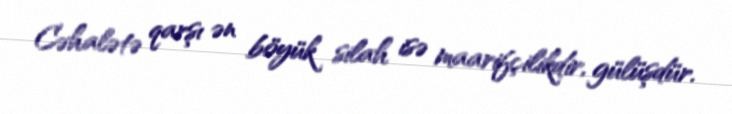
Cəhalətə qarşı ən böyük silah isə maarifçilikdir, gülüşdür.